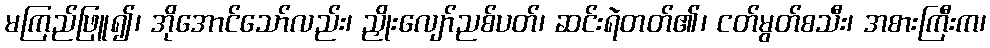
မကြည်ဖြူ၍၊ အိုအောင်သော်လည်း၊ ညှိုးလျော်ညစ်ပတ်၊ ဆင်းရဲတတ်၏၊ ငတ်မွတ်စသီး၊ အစားကြီးက၊